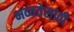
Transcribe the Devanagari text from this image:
भव्यतेसाठी